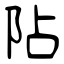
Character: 阽